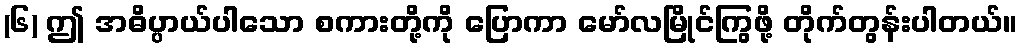
(၆) ဤ အဓိပ္ပာယ်ပါသော စကားတို့ကို ပြောကာ မော်လမြိုင်ကြွဖို့ တိုက်တွန်းပါတယ်။